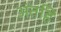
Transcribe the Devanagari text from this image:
अंतहिं